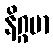
နိဂ္ဂမာ